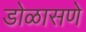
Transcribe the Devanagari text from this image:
डोळासणे